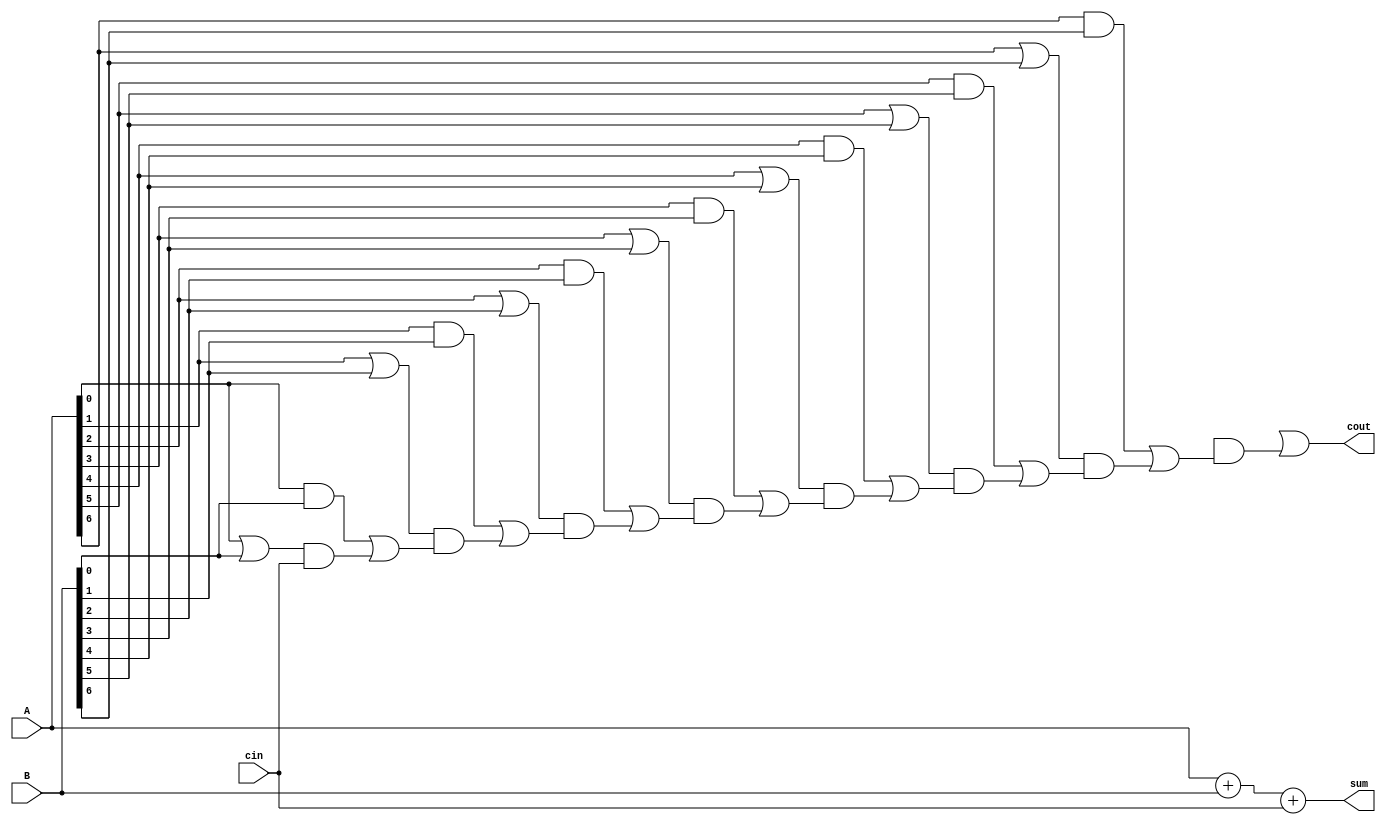
module carry_select_adder (
    input [7:0] A,
    input [7:0] B,
    input cin,
    output [7:0] sum,
    output cout
);

wire [8:0] c_in;
wire [8:0] c_out;
wire [8:0] p;
wire [8:0] g;

assign c_in[0] = cin;
assign p[0] = A[0] | B[0];
assign g[0] = A[0] & B[0];
assign c_in[1] = g[0] | (p[0] & c_in[0]);
assign p[1] = A[1] | B[1];
assign g[1] = A[1] & B[1];
assign c_in[2] = g[1] | (p[1] & c_in[1]);
assign p[2] = A[2] | B[2];
assign g[2] = A[2] & B[2];
assign c_in[3] = g[2] | (p[2] & c_in[2]);
assign p[3] = A[3] | B[3];
assign g[3] = A[3] & B[3];
assign c_in[4] = g[3] | (p[3] & c_in[3]);
assign p[4] = A[4] | B[4];
assign g[4] = A[4] & B[4];
assign c_in[5] = g[4] | (p[4] & c_in[4]);
assign p[5] = A[5] | B[5];
assign g[5] = A[5] & B[5];
assign c_in[6] = g[5] | (p[5] & c_in[5]);
assign p[6] = A[6] | B[6];
assign g[6] = A[6] & B[6];
assign c_in[7] = g[6] | (p[6] & c_in[6]);
assign p[7] = A[7] | B[7];
assign g[7] = A[7] & B[7];
assign c_in[8] = g[7] | (p[7] & c_in[7]);

assign c_out[0] = p[0] | (g[0] & cin);
assign c_out[1] = p[1] | (g[1] & c_in[0]);
assign c_out[2] = p[2] | (g[2] & c_in[1]);
assign c_out[3] = p[3] | (g[3] & c_in[2]);
assign c_out[4] = p[4] | (g[4] & c_in[3]);
assign c_out[5] = p[5] | (g[5] & c_in[4]);
assign c_out[6] = p[6] | (g[6] & c_in[5]);
assign c_out[7] = p[7] | (g[7] & c_in[6]);
assign c_out[8] = g[8] | (p[8] & c_in[7]);

assign sum = A + B + cin;

assign cout = c_out[8];

endmodule